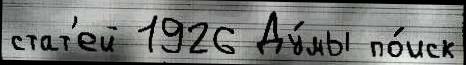
стат'ей 1926 Ду́мы по́иск